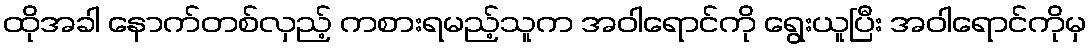
ထိုအခါ နောက်တစ်လှည့် ကစားရမည့်သူက အဝါရောင်ကို ရွေးယူပြီး အဝါရောင်ကိုမှ